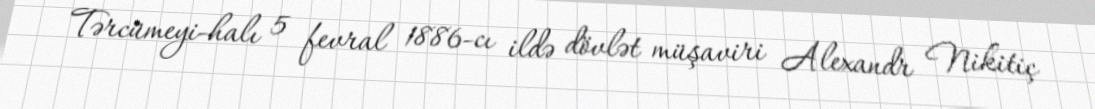
Tərcümeyi-halı 5 fevral 1886-cı ildə dövlət müşaviri Alexandr Nikitiç